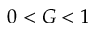
0 < G < 1